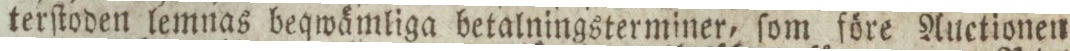
terſtoden lemnas beqwämliga betalningsterminer, ſom före Auctionen